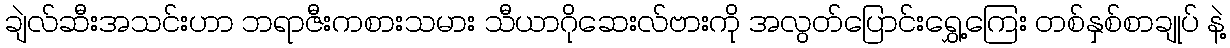
ချဲလ်ဆီးအသင်းဟာ ဘရာဇီးကစားသမား သီယာဂိုဆေးလ်ဗားကို အလွတ်ပြောင်းရွှေ့ကြေး တစ်နှစ်စာချုပ် နဲ့